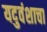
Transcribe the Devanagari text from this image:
यदुवंशाचा